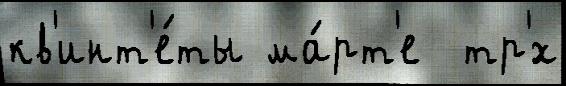
кв'инт'е́ты ма́рт'е  тр'́х